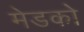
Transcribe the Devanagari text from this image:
मेडको